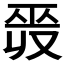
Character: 𢀣